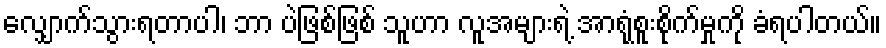
လျှောက်သွားရတာပါ၊ ဘာ ပဲဖြစ်ဖြစ် သူဟာ လူအများရဲ့ အာရုံစူးစိုက်မှုကို ခံရပါတယ်။